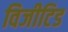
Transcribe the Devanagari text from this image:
विजीटिड